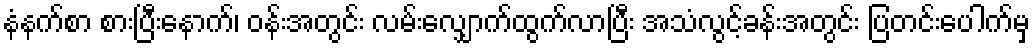
နံနက်စာ စားပြီးနောက်၊ ဝန်းအတွင်း လမ်းလျှောက်ထွက်လာပြီး အသံလွင့်ခန်းအတွင်း ပြတင်းပေါက်မှ